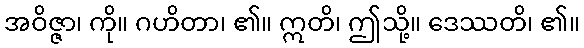
အဝိဇ္ဇာ၊ ကို။ ဂဟိတာ၊ ၏။ ဣတိ၊ ဤသို့။ ဒေဿတိ၊ ၏။